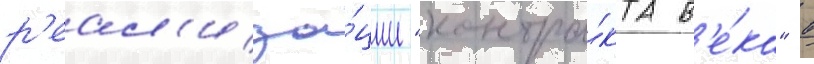
р'еал'иза́ции "контра́кта в'е́ка" в